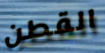
القطن